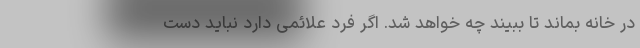
در خانه بماند تا ببیند چه خواهد شد. اگر فرد علائمی دارد نباید دست